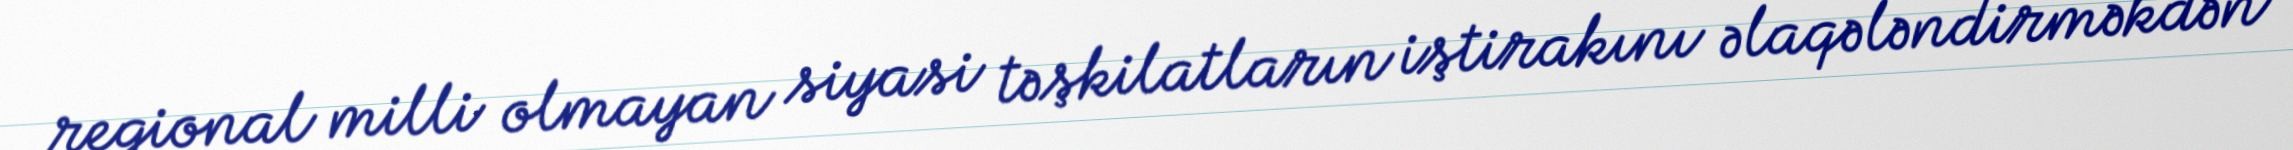
regional milli olmayan siyasi təşkilatların iştirakını əlaqələndirməkdən